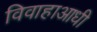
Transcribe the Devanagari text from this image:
विवाहाआधी